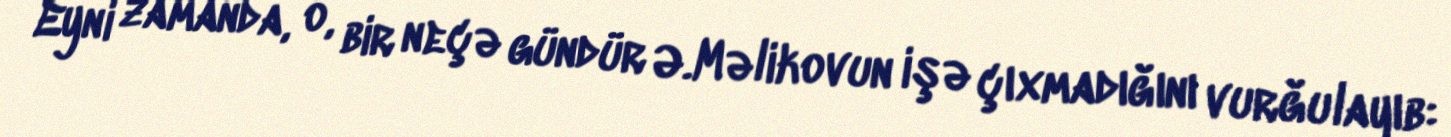
Eyni zamanda, o, bir neçə gündür Ə.Məlikovun işə çıxmadığını vurğulayıb: